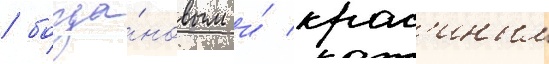
/ богда́новым и́ крас'иным